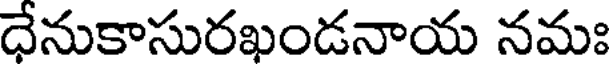
ధేనుకాసురఖండనాయ నమః